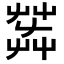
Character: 𦱠